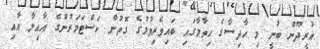
އުރީދޫން ބުނީ މި ހާދިސާގެ ހިތާމާގައި ބައިވެރިވުމުގެ ގޮތުން ކަސްޓަމަރުންގެ އާއިލާ އާއި